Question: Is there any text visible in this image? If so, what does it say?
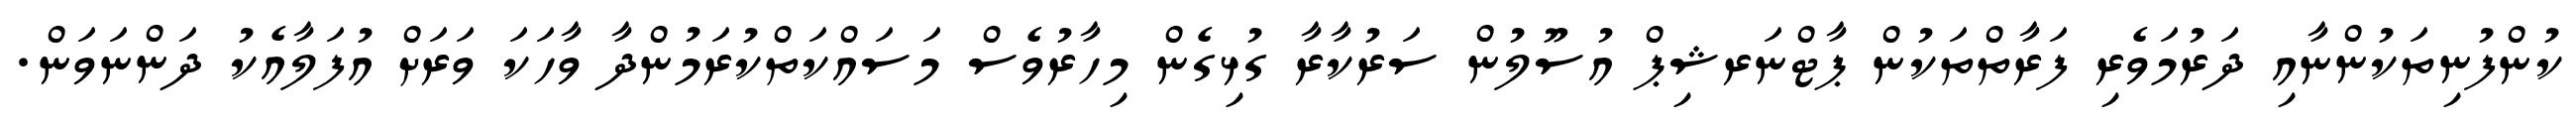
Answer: ކުންފުނިތަކުންނާއި ދަރުމަވެރި ފަރާތްތަކުން ޕާޓްނަރޝިޕް އުސޫލުން ސަރުކާރާ ގުޅިގެން މިހާރުވެސް މަސައްކަތްކުރަމުންދާ ވާހަކަ ވަރަށް އުފަލާއެކު ދަންނަވަން.